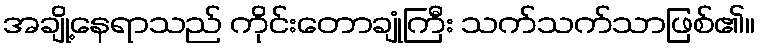
အချို့နေရာသည် ကိုင်းတောချုံကြီး သက်သက်သာဖြစ်၏။